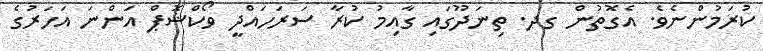
ކުރަމުންނެވެ. އެގޮތުން ގދ. ތިނަދޫގައި ގާއިމު ކުރާ ސަރަހައްދީ ވޯކްޝޮޕް އަންނަ އަހަރުގެ